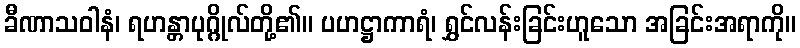
ခီဏာသဝါနံ၊ ရဟန္တာပုဂ္ဂိုလ်တို့၏။ ပဟဋ္ဌာကာရံ၊ ရွှင်လန်းခြင်းဟူသော အခြင်းအရာကို။